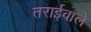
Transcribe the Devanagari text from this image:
तराईवाले